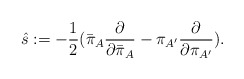
\begin{align*}{\hat s}: =-{1 \over 2}({\bar \pi}_{A}{\partial \over \partial {\bar \pi}_{A}}-\pi_{A^\prime}{\partial \over \partial \pi_{A^\prime}}).\end{align*}